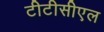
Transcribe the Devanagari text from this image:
टीटीसीएल